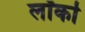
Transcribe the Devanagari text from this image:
लॉर्का